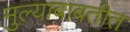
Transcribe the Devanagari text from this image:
मुल्याबाबतीत